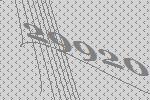
29920